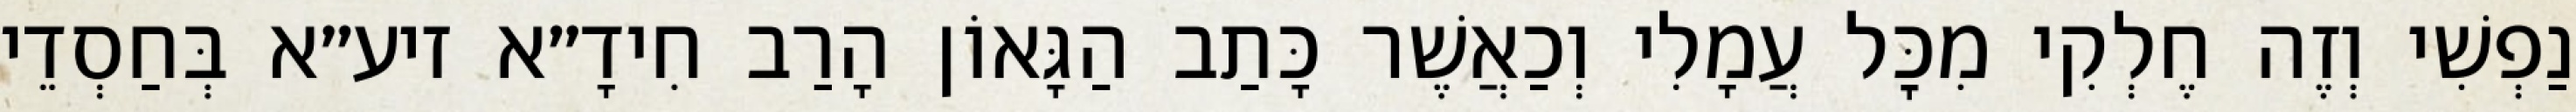
נַפְשִׁי וְזֶה חֶלְקִי מִכׇּל עֲמָלִי וְכַאֲשֶׁר כָּתַב הַגָּאוֹן הָרַב חִידָ״א זיע״א בְּחַסְדֵי